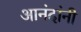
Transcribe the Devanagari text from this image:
आनंदांनी